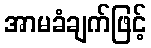
အာမခံချက်ဖြင့်